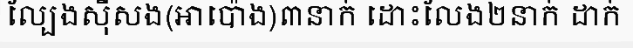
ល្បែងស៊ីសង(អាប៉ោង)៣នាក់ ដោះលែង២នាក់ ដាក់